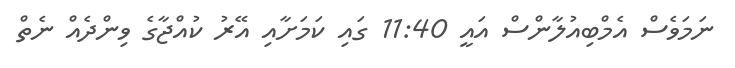
ނަމަވެސް އެމްބިއުލާންސް އައީ 11:40 ގައި ކަމަށާއި އޭރު ކުއްޖާގެ ވިންދެއް ނެތް